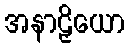
အနာဠှိယော